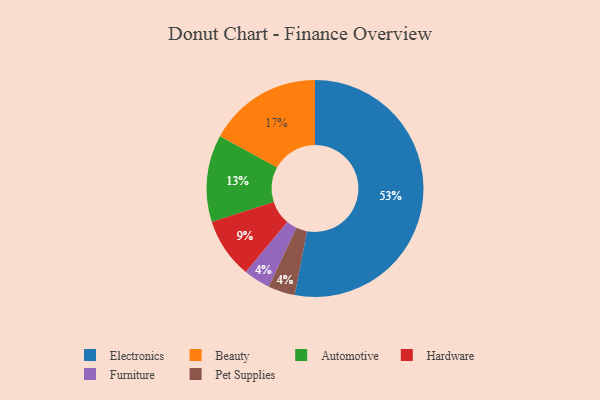
{"axis": {"x": "Category", "y": "Percentage"}, "legend": ["Automotive", "Beauty", "Electronics", "Furniture", "Hardware", "Pet Supplies"], "data": [{"x": "Furniture", "y": 4, "type": "Furniture"}, {"x": "Pet Supplies", "y": 4, "type": "Pet Supplies"}, {"x": "Hardware", "y": 9, "type": "Hardware"}, {"x": "Automotive", "y": 13, "type": "Automotive"}, {"x": "Beauty", "y": 17, "type": "Beauty"}, {"x": "Electronics", "y": 53, "type": "Electronics"}]}